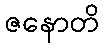
ဇနောတိ